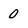
Character: 0